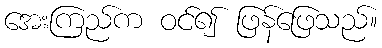
အေးကြည်က ဝင်၍ ဖြန်ဖြေသည်။